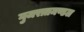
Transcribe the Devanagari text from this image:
गुजरातमण्डल